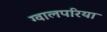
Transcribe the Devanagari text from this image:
ग्वालपरिया